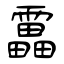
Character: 靁